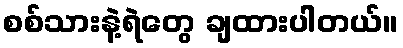
စစ်သားနဲ့ရဲတွေ ချထားပါတယ်။